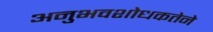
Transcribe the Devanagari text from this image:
अनुभवशोधकतेने